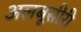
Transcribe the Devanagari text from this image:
अलबूसीरी